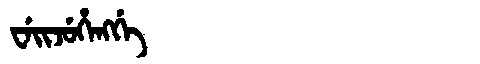
Manchu: ᠸᡝᡳᠵᡠᡥᡝᠩᡤᡝ
Romanization: WEIJUHENGGE